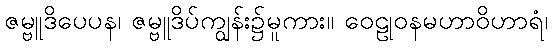
ဇမ္ဗူဒိပေပန၊ ဇမ္ဗူဒိပ်ကျွန်း၌မူကား။ ဝေဠုဝနမဟာဝိဟာရံ၊